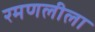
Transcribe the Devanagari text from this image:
रमणलीला